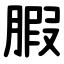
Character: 腵